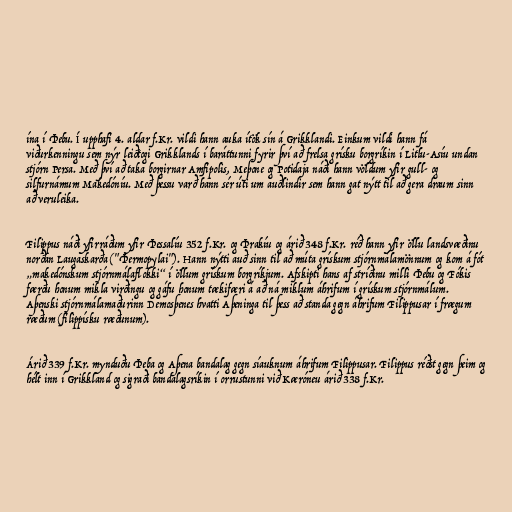
ína í Þebu. Í upphafi 4. aldar f.Kr. vildi hann auka ítök sín á Grikklandi. Einkum vildi hann fá
viðurkenningu sem nýr leiðtogi Grikklands í baráttunni fyrir því að frelsa grísku borgríkin í Litlu-Asíu undan
stjórn Persa. Með því að taka borgirnar Amfipolis, Meþone og Potidaja náði hann völdum yfir gull- og
silfurnámum Makedóníu. Með þessu varð hann sér úti um auðlindir sem hann gat nýtt til að gera draum sinn
að veruleika.

Filippus náði yfirráðum yfir Þessalíu 352 f.Kr. og Þrakíu og árið 348 f.Kr. réð hann yfir öllu landsvæðinu
norðan Laugaskarða ("Þermopylai"). Hann nýtti auð sinn til að múta grískum stjórnmálamönnum og kom á fót
„makedónskum stjórnmálaflokki“ í öllum grískum borgríkjum. Afskipti hans af stríðinu milli Þebu og Fókis
færðu honum mikla virðingu og gáfu honum tækifæri á að ná miklum áhrifum í grískum stjórnmálum.
Aþenski stjórnmálamaðurinn Demosþenes hvatti Aþeninga til þess að standa gegn áhrifum Filippusar í frægum
ræðum (filippísku ræðunum).

Árið 339 f.Kr. mynduðu Þeba og Aþena bandalag gegn síauknum áhrifum Filippusar. Filippus réðst gegn þeim og
hélt inn í Grikkland og sigraði bandalagsríkin í orrustunni við Kæróneu árið 338 f.Kr.